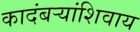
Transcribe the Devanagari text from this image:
कादंबर्‍यांशिवाय